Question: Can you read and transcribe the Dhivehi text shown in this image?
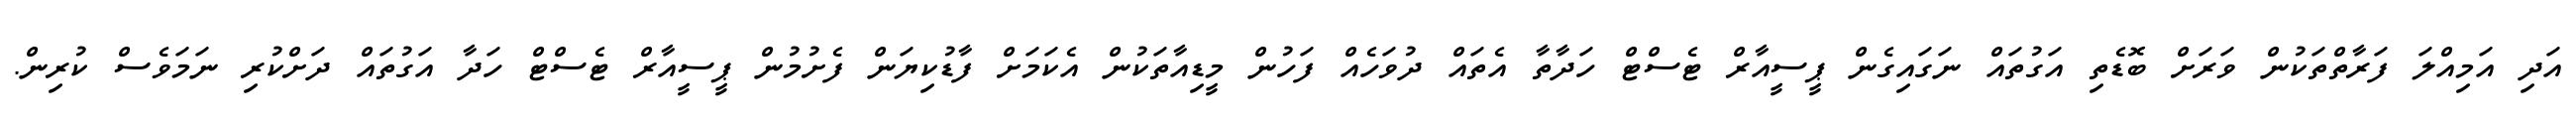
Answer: އަދި އަމިއްލަ ފަރާތްތަކުން ވަރަށް ބޮޑެތި އަގުތައް ނަގައިގެން ޕީސީއާރް ޓެސްޓް ހަދާތާ އެތައް ދުވަހެއް ފަހުން މީޑިއާތަކުން އެކަމަށް ފާޑުކިޔަން ފެށުމުން ޕީސީއާރް ޓެސްޓް ހަދާ އަގުތައް ދަށްކުރި ނަމަވެސް ކުރިން.